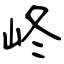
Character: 峂